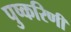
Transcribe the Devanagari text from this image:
पुष्‍करिणी